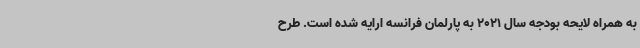
به همراه لایحه بودجه سال 2021 به پارلمان فرانسه ارایه شده است. طرح